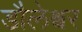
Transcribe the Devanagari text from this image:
डौलेश्वर